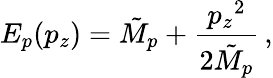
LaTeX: E_{p}(p_{z})={\tilde{M}}_{p}+{\frac{{p_{z}}^{2}}{2{\tilde{M}}_{p}}}\, ,